Insane asylums in Bengal annual reports 1867-1875 - 1867-1875
Year: 1867
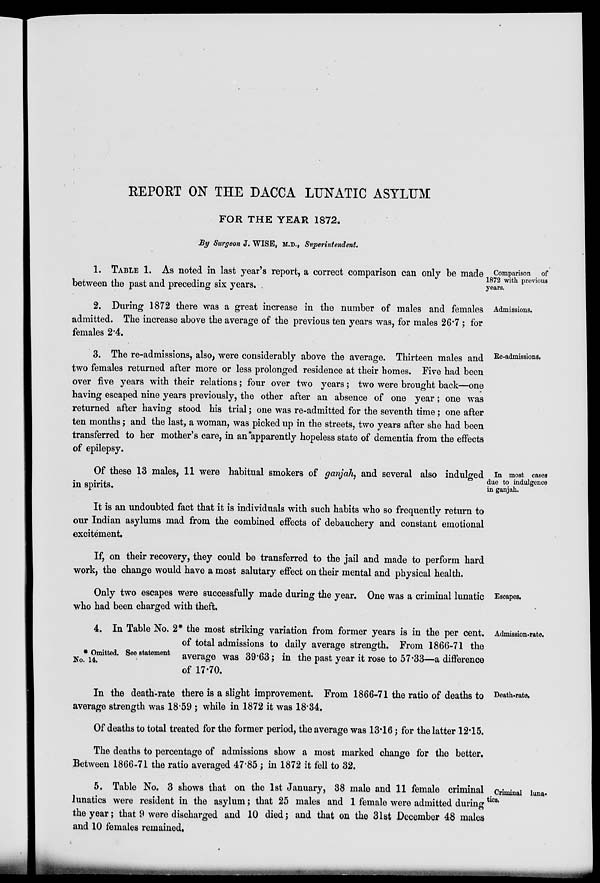
REPORT ON THE DACCA LUNATIC ASYLUM
FOR THE YEAR 1872.
By Surgeon J. WISE, M.D., Superintendent.
Comparison of
1872 with previous
years.
1. TABLE 1. As noted in last year's report, a correct comparison can only be made
between the past and preceding six years.
Admissions.
2. During 1872 there was a great increase in the number of males and females
admitted. The increase above the average of the previous ten years was, for males 26.7 ; for
females 2.4.
Re-admissions.
3. The re-admissions, also, were considerably above the average. Thirteen males and
two females returned after more or less prolonged residence at their homes. Five had been
over five years with their relations; four over two years; two were brought back—one
having escaped nine years previously, the other after an absence of one year; one was
returned after having stood his trial; one was re-admitted for the seventh time; one after
ten months; and the last, a woman, was picked up in the streets, two years after she had been
transferred to her mother's care, in an apparently hopeless state of dementia from the effects
of epilepsy.
In most cases
due to indulgence
in ganjah.
Of these 13 males, 11 were habitual smokers of ganjah, and several also indulged
in spirits.
It is an undoubted fact that it is individuals with such habits who so frequently return to
our Indian asylums mad from the combined effects of debauchery and constant emotional
excitement.
If, on their recovery, they could be transferred to the jail and made to perform hard
work, the change would have a most salutary effect on their mental and physical health.
Escapes.
Only two escapes were successfully made during the year. One was a criminal lunatic
who had been charged with theft.
Admission-rate.
* Omitted. See statement
No. 14.
4. In Table No. 2* the most striking variation from former years is in the per cent.
of total admissions to daily average strength. From 1866-71 the
average was 39.63; in the past year it rose to 57.33—a difference
of 17.70.
Death-rate.
In the death-rate there is a slight improvement. From 1866-71 the ratio of deaths to
average strength was 18.59 ; while in 1872 it was 18.34.
Of deaths to total treated for the former period, the average was 13.16; for the latter 12.15.
The deaths to percentage of admissions show a most marked change for the better.
Between 1866-71 the ratio averaged 47.85; in 1872 it fell to 32.
Criminal luna¬
tics.
5. Table No. 3 shows that on the 1st January, 38 male and 11 female criminal
lunatics were resident in the asylum ; that 25 males and 1 female were admitted during
the year; that 9 were discharged and 10 died; and that on the 31st December 48 males
and 10 females remained.